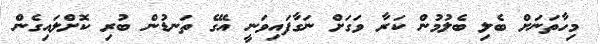
މިހާތަނަށް ބެލި ބެލުމުން ކަރާ ވަގަށް ނަގާފައިވަނީ އޭގެ ތަނޑުން ބުރި ކޮށްލައިގެން